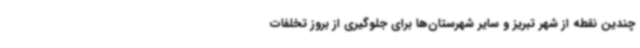
چندین نقطه از شهر تبریز و سایر شهرستان‌ها برای جلوگیری از بروز تخلفات